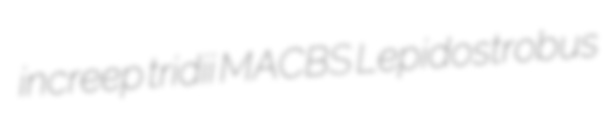
increep tridii MACBS Lepidostrobus